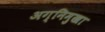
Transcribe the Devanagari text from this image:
अग्निमुखा